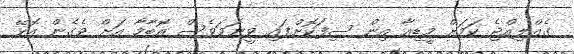
ގެއްލިއްޖެ ކަމަށް މީޑިއާ އިން ސިފަކޮށްފައި ވީނަމަވެސް އޮބާމާ އަށް ވެގެން އޮޅޭ